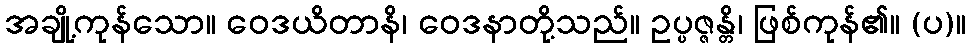
အချို့ကုန်သော။ ဝေဒယိတာနိ၊ ဝေဒနာတို့သည်။ ဥပ္ပဇ္ဇန္တိ၊ ဖြစ်ကုန်၏။ (ပ)။